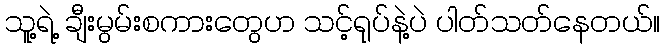
သူ့ရဲ့ ချီးမွမ်းစကားတွေဟ သင့်ရုပ်နဲ့ပဲ ပါတ်သတ်နေတယ်။